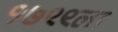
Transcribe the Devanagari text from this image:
१७९९ला